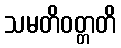
သမတိဝတ္တတိ